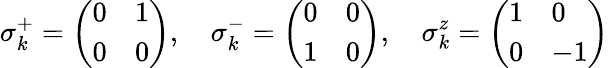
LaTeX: \sigma_{k}^{+}=\left(\begin{array}{ll}{0}&{1}\\ {0}&{0}\end{array}\right),\quad\sigma_{k}^{-}=\left(\begin{array}{ll}{0}&{0}\\ {1}&{0}\end{array}\right),\quad\sigma_{k}^{z}=\left(\begin{array}{ll}{1}&{0}\\ {0}&{-1}\end{array}\right)